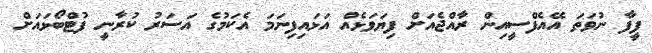
ފީފާ ނުވަތަ އޭއެފްސީއިން ރާއްޖެއަށް ފިޔަވަޅެއް އަޅައިފިނަމަ އެކަމުގެ އަސަރު ކުރާނީ ފުޓްބޯޅައަށް